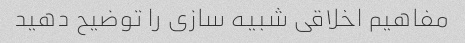
مفاهیم اخلاقی شبیه سازی را توضیح دهید